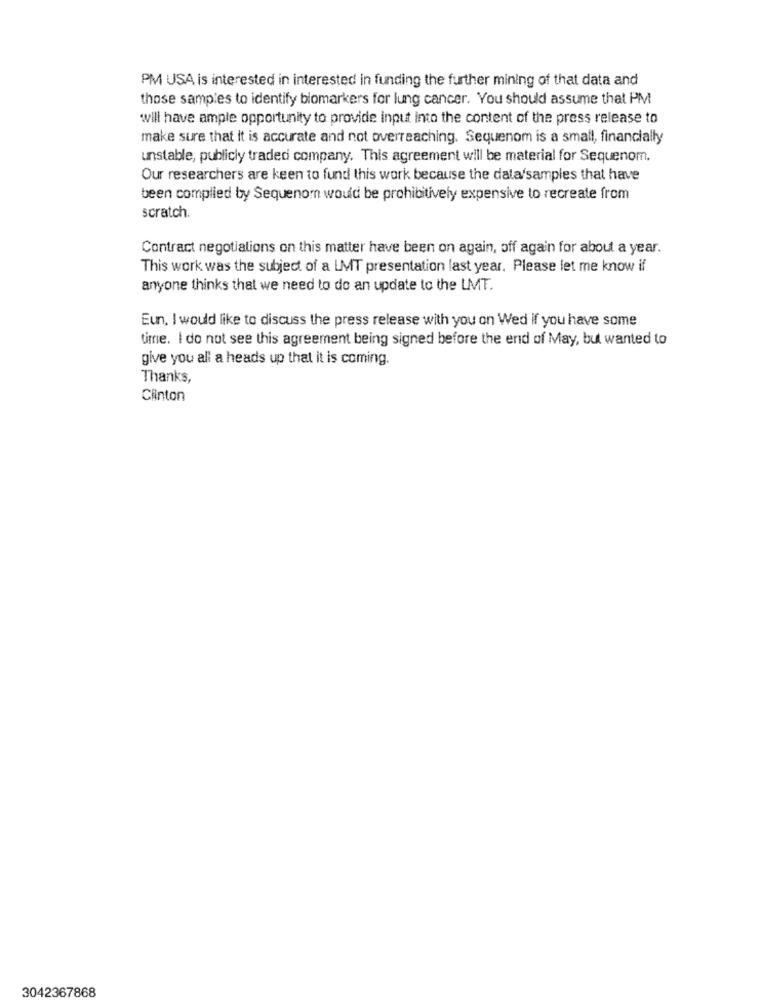
PM USA is interested in interested in funding the further mining of that data and
those samples to identify biomarkers for lung cancer. You should assume that PM
will have ample opportunity to provide input into the content of the press release to
make sure that it is accurate and not overreaching. Sequenom is a small, financially
unstable, publicly traded company. This agreement will be material for Sequenom.
Our researchers are keen to fund this work because the data/samples that have
been complied by Sequenom would be prohibitively expensive to recreate from
scratch.
Contract negotiations on this matter have been on again, off again for about a year.
This work was the subject of a LMT presentation last year. Please let me know if
anyone thinks that we need to do an update to the LMT.
Eun, I would like to discuss the press release with you on Wed if you have some
time. I do not see this agreement being signed before the end of May, but wanted to
give you all a heads up that it is coming.
Thanks,
Clinton
3042367868